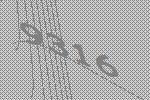
9316